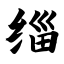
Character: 缁